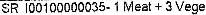
SR 100100000035- 1 MEAT + 3 VEGE